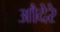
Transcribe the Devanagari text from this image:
औदेरे